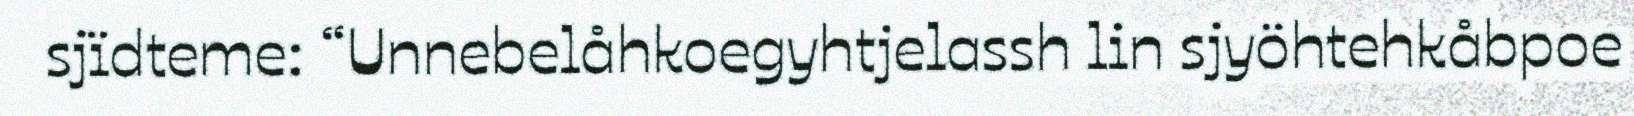
sjïdteme: “Unnebelåhkoegyhtjelassh lin sjyöhtehkåbpoe